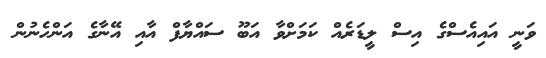
ވަނީ އައިއެސްގެ އިސް ލީޑަރެއް ކަމަށްވާ އަބޫ ސައްޔާފް އާއި އޭނާގެ އަންހެނުން